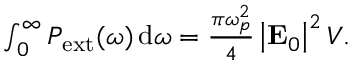
\begin{array} { r } { \int _ { 0 } ^ { \infty } P _ { \mathrm { e x t } } ( \omega ) \, \mathrm { d } \omega = \frac { \pi \omega _ { p } ^ { 2 } } { 4 } \left| \mathbf { E } _ { 0 } \right| ^ { 2 } V . } \end{array}